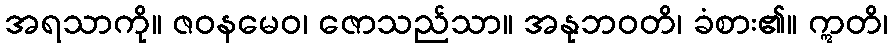
အရသာကို။ ဇဝနမေဝ၊ ဇောသည်သာ။ အနုဘဝတိ၊ ခံစား၏။ ဣတိ၊